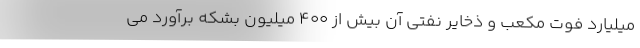
میلیارد فوت مکعب و ذخایر نفتی آن بیش از 400 میلیون بشکه برآورد می